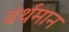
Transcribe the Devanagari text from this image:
वर्थमान